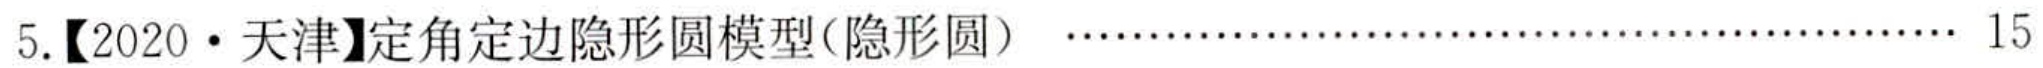
5.【2020·天津】定角定边隐形圆模型(隐形圆)  \cdots\cdots 15